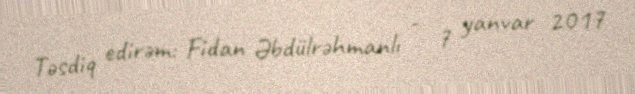
Təsdiq edirəm: Fidan Əbdülrəhmanlı - 7 yanvar 2017